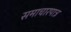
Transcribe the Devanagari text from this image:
समाचारपात्र